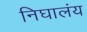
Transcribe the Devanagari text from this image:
निघालंंय